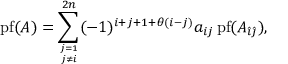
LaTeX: \operatorname { p f } ( A ) = \sum _ { { j = 1 } \atop { j \neq i } } ^ { 2 n } ( - 1 ) ^ { i + j + 1 + \theta ( i - j ) } a _ { i j } \operatorname { p f } ( A _ { { \hat { \imath } } { \hat { \jmath } } } ) ,